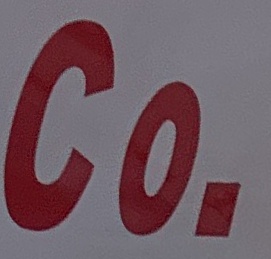
Co.